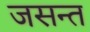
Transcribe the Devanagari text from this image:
जसन्त